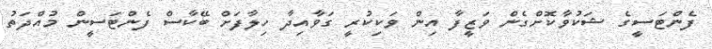
ފެންޓަސީގެ ޝަކުވާކޮށްގެން ވަޒީފާ އިން ވަކިކުރީ ގަވާއިދާ ހިލާފަށް ބޭކާސް ފެންޓަސީން މުއްދަތު